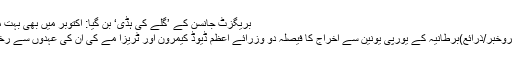
بریگزٹ جانسن کے ’گلے کی ہڈی‘ بن گیا: اکتوبر میں بھی بہت مشکل | FikroKhabar
لندن:07ستمبر2019(فکروخبر/ذرائع)برطانیہ کے یورپی یونین سے اخراج کا فیصلہ دو وزرائے اعظم ڈیوڈ کیمرون اور ٹریزا مے کی ان کی عہدوں سے رخصتی کی وجہ بن گیا تھا۔